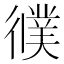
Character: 𢖃